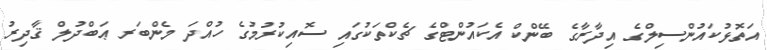
އަތޮޅުކައުންސިލްގެ އިދާރާގެ ބޭންކް އެކައުންޓްގެ ޗެކްތަކުގައި ސޮއިކުރުމުގެ ހުއްދަ މެންބަރ ޢަބްދުލް ޤާދިރު